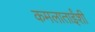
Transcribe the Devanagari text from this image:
कमलाताईंशी